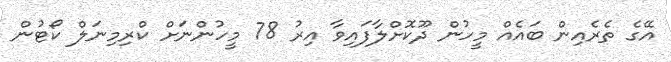
އޭގެ ތެރެއިން ބައެއް މީހުން ދޫކޮށްލާފައިވާ އިރު 78 މީހުންނަށް ކްރިމިނަލް ކޯޓުން